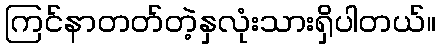
ကြင်နာတတ်တဲ့နှလုံးသားရှိပါတယ်။